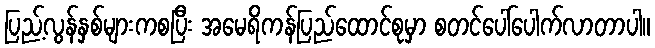
ပြည့်လွန်နှစ်များကစပြီး အမေရိကန်ပြည်ထောင်စုမှာ စတင်ပေါ်ပေါက်လာတာပါ။